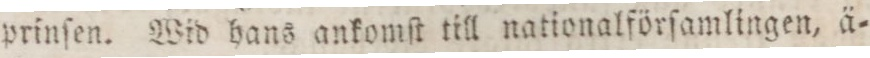
prinſen. Wid hans ankomſt till nationalförſamlingen, ä=